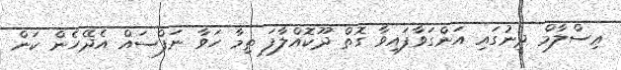
ޢިސްލާމް ދީނުގައި އަންގަވާފައިވާ ގޮތް ދޫކޮއްލާފަ ތިމާ ހަވާ ނަފްސައް އެދޭހެން ކަން